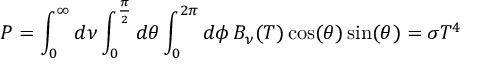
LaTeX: P = \int _ { 0 } ^ { \infty } d \nu \int _ { 0 } ^ { \frac { \pi } { 2 } } d \theta \int _ { 0 } ^ { 2 \pi } d \phi \, B _ { \nu } ( T ) \cos ( \theta ) \sin ( \theta ) = \sigma T ^ { 4 }